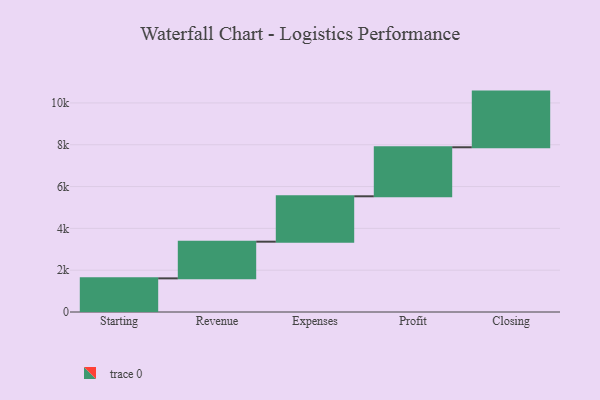
{"axis": {"x": "Step", "y": "Value"}, "legend": [""], "data": [{"x": "Starting", "y": 1609.0, "type": ""}, {"x": "Revenue", "y": 1755.0, "type": ""}, {"x": "Expenses", "y": 2171.0, "type": ""}, {"x": "Profit", "y": 2345.0, "type": ""}, {"x": "Closing", "y": 2663.0, "type": ""}]}